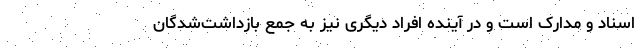
اسناد و مدارک است و در آینده افراد دیگری نیز به جمع بازداشت‌شدگان